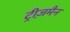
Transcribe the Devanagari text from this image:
ट्रीज़मैन